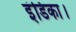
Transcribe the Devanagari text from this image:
इंडिका।